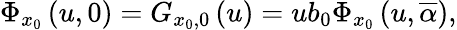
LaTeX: \Phi_{x_{0}}\left(u,0\right)=G_{x_{0},0}\left(u\right)=ub_{0}\Phi_{x_{0}}\left(u,\overline{{\alpha}}\right),